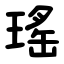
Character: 瑤